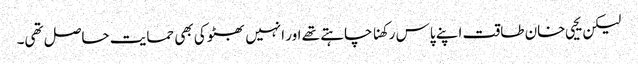
لیکن یحیی خان طاقت اپنے پاس رکھنا چاہتے تھے اور انہیں بھٹو کی بھی حمایت حاصل تھی۔